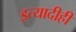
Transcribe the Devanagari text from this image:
इत्यादीही